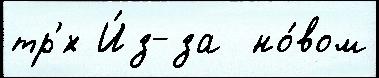
тр'́х И́з-за  но́вом